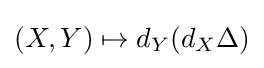
(X,Y)\mapsto d_{Y}(d_{X}\Delta )